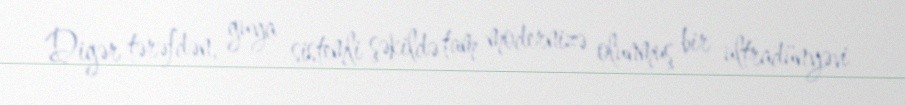
Digər tərəfdən, guya sistemli şəkildə tam modernizə olunmuş bir ultradünyəvi